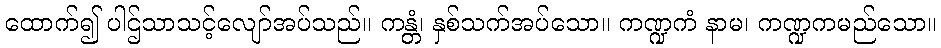
ထောက်၍ ပါဌ်သာသင့်လျော်အပ်သည်။ ကန္တံ၊ နှစ်သက်အပ်သော။ ကဏ္ဍကံ နာမ၊ ကဏ္ဍကမည်သော။